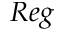
R e g